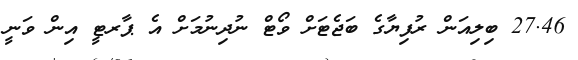
27.46 ބިލިއަން ރުފިޔާގެ ބަޖެޓަށް ވޯޓް ނުދިނުމަށް އެ ޕާރޓީ އިން ވަނީ